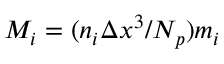
M _ { i } = ( n _ { i } \Delta x ^ { 3 } / N _ { p } ) m _ { i }